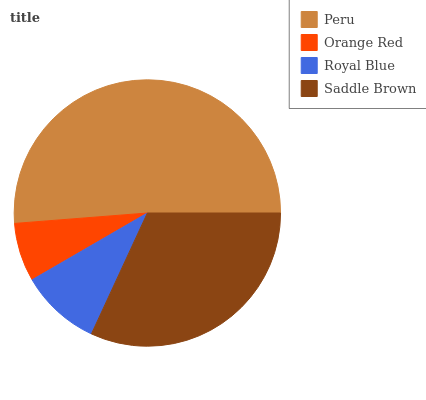
| Peru | Orange Red | Royal Blue | Saddle Brown |
 | --- | --- | --- | --- |
 | 51.3% | 7.12% | 9.76% | 31.8% |